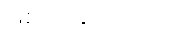
ဖြစ်ပေါ်ခဲ့သည်ဟု